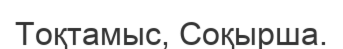
Тоқтамыс, Соқырша.